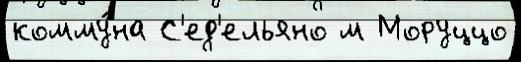
комму́на С'ед'ельяно м Моруццо